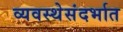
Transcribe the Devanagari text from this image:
व्यवस्थेसंदर्भात